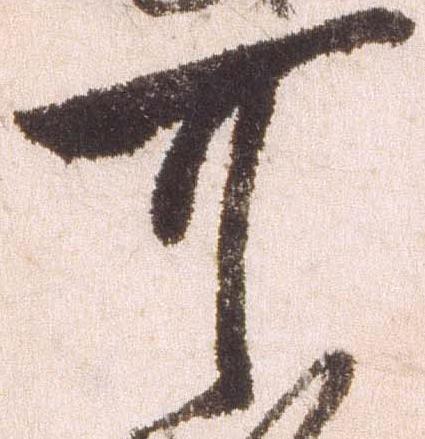
可